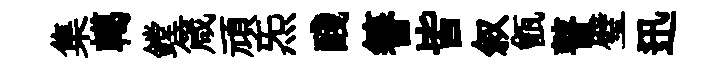
集轕鏜箴頑炁醆簮皆叙甑瞽璧迅